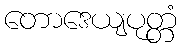
တောဒေယျပုတ္တံ